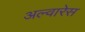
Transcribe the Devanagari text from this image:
अल्वारेस